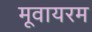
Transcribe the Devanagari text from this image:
मूवायरम